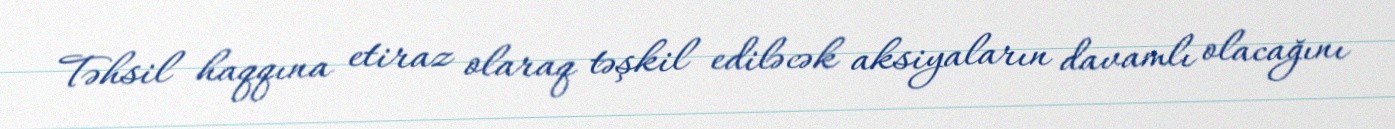
Təhsil haqqına etiraz olaraq təşkil ediləcək aksiyaların davamlı olacağını